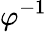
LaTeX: \varphi^{-1}